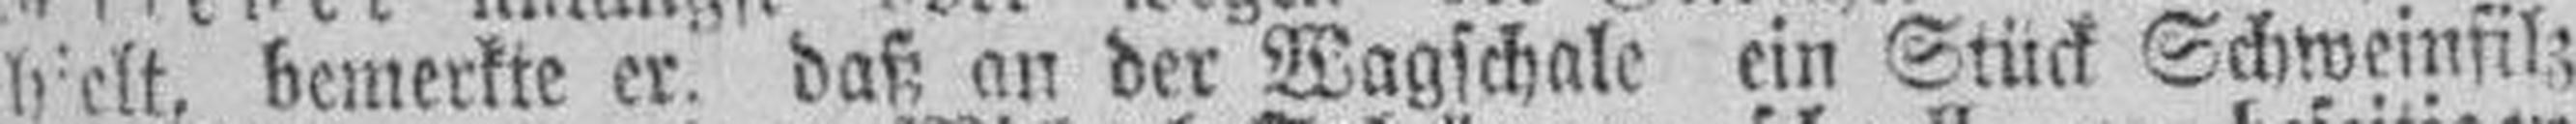
hielt, bemerkte er. daß an der Wagschale ein Stück Schweinfilz